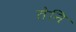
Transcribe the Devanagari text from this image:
तेनि